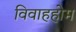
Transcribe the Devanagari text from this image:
विवाहहोम